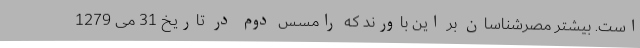
است. بیشتر مصرشناسان بر این باورند که رامسس دوم در تاریخ 31 می 1279